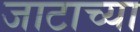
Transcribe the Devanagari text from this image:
जाटाच्या